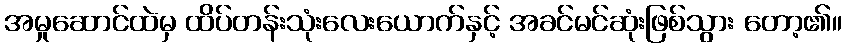
အမှုဆောင်ထဲမှ ထိပ်တန်းသုံးလေးယောက်နှင့် အခင်မင်ဆုံးဖြစ်သွား တော့၏။